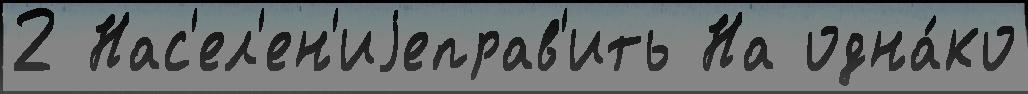
2 Нас'ел'ен'иjеправ'ить На одна́ко